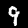
Label: 9